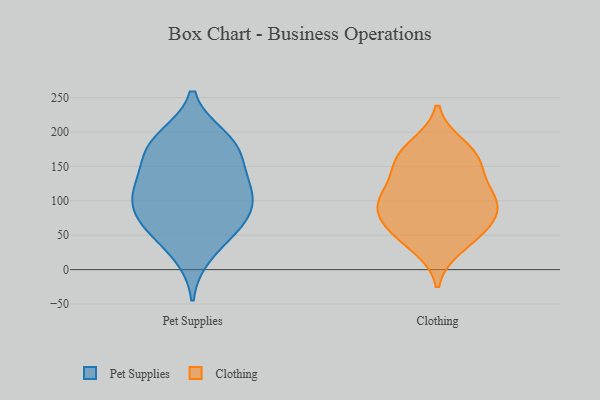
{"axis": {"x": "Latency (ms)", "y": "Value"}, "legend": ["Clothing", "Pet Supplies"], "data": [{"x": "", "y": 112, "type": "Pet Supplies"}, {"x": "", "y": 192, "type": "Pet Supplies"}, {"x": "", "y": 72, "type": "Pet Supplies"}, {"x": "", "y": 193, "type": "Pet Supplies"}, {"x": "", "y": 122, "type": "Pet Supplies"}, {"x": "", "y": 51, "type": "Pet Supplies"}, {"x": "", "y": 75, "type": "Pet Supplies"}, {"x": "", "y": 125, "type": "Pet Supplies"}, {"x": "", "y": 67, "type": "Pet Supplies"}, {"x": "", "y": 163, "type": "Pet Supplies"}, {"x": "", "y": 164, "type": "Pet Supplies"}, {"x": "", "y": 111, "type": "Pet Supplies"}, {"x": "", "y": 177, "type": "Pet Supplies"}, {"x": "", "y": 95, "type": "Pet Supplies"}, {"x": "", "y": 21, "type": "Pet Supplies"}, {"x": "", "y": 103, "type": "Clothing"}, {"x": "", "y": 71, "type": "Clothing"}, {"x": "", "y": 34, "type": "Clothing"}, {"x": "", "y": 121, "type": "Clothing"}, {"x": "", "y": 56, "type": "Clothing"}, {"x": "", "y": 179, "type": "Clothing"}, {"x": "", "y": 165, "type": "Clothing"}, {"x": "", "y": 152, "type": "Clothing"}, {"x": "", "y": 160, "type": "Clothing"}, {"x": "", "y": 94, "type": "Clothing"}, {"x": "", "y": 100, "type": "Clothing"}, {"x": "", "y": 91, "type": "Clothing"}, {"x": "", "y": 54, "type": "Clothing"}]}